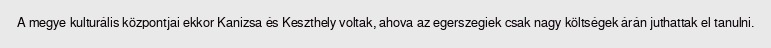
A megye kulturális központjai ekkor Kanizsa és Keszthely voltak, ahova az egerszegiek csak nagy költségek árán juthattak el tanulni.